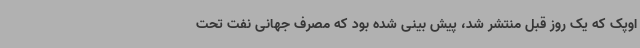
اوپک که یک روز قبل منتشر شد، پیش بینی شده بود که مصرف جهانی نفت تحت